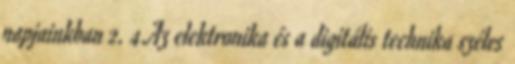
napjainkban 2. 4.Az elektronika és a digitális technika széles